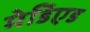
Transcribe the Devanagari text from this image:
मेडिएड